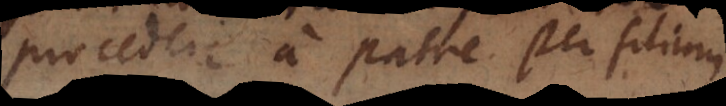
procedere a patre per filiu